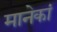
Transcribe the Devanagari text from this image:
मानेकां